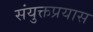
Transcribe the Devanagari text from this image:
संयुक्तप्रयास